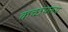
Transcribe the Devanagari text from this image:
कच्छपरूप